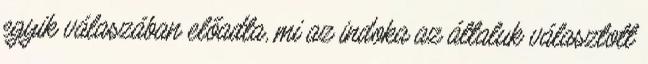
egyik válaszában előadta, mi az indoka az általuk választott